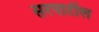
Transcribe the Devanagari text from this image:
सरपाटील